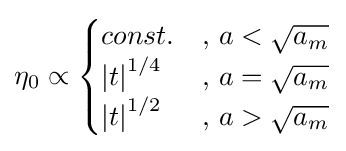
\eta _{0}\propto {\begin{cases}const.&{\text{, }}a<{\sqrt {a_{m}}}\\\left|t\right|^{1/4}&{\text{, }}a={\sqrt {a_{m}}}\\\left|t\right|^{1/2}&{\text{, }}a>{\sqrt {a_{m}}}\end{cases}}